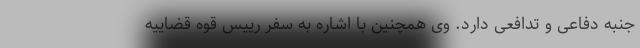
جنبه دفاعی و تدافعی دارد. وی همچنین با اشاره به سفر رییس قوه قضاییه